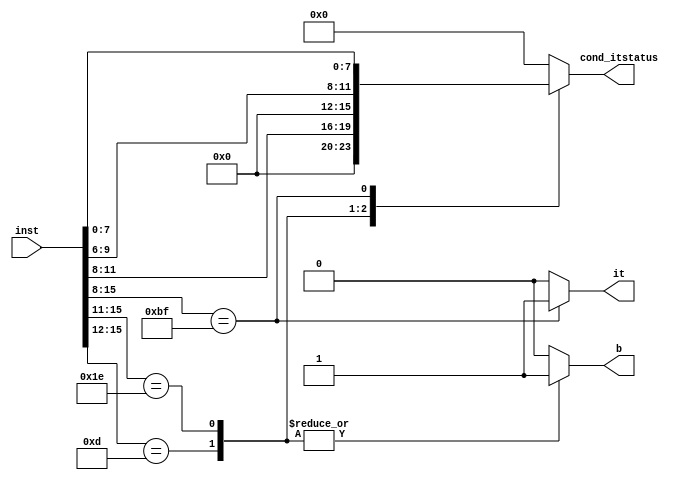
module ib_chk(
    input [15:0] inst,
    output reg [7:0] cond_itstatus,
    output reg b,
    output reg it);

always @(inst)begin
    casex(inst[15:8])
        8'b1101????:begin
            cond_itstatus      <= {4'b0,inst[11:8]};
            b                   <= 1'b1;
            it                  <= 1'b0;
        end
        8'b11110???:begin
            cond_itstatus       <= {4'b0,inst[9:6]};
            b                   <= 1'b1;
            it                  <= 1'b0;
        end
        8'b10111111:begin
            b                   <=  1'b0;
            it                  <=  1'b1;
            cond_itstatus       <=  inst[7:0];
        end
        default:begin
            cond_itstatus       <=  8'b0;
            b                   <=  1'b0;
            it                  <=  1'b0;
        end
    endcase
end
endmodule